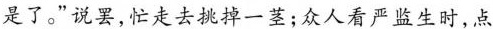
是了。”说罢，忙走去挑掉一茎；众人看严监生时，点